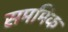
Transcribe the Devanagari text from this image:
सममिक